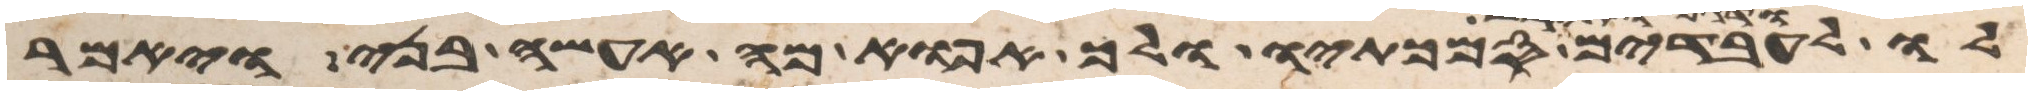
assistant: לו לעבדים ודגן ותירש סמכתיו ולך אפוא מה אעשה בני ויאמר